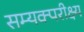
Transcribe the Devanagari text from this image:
सम्यक्परीक्ष्य